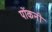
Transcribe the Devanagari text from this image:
पोंकनी